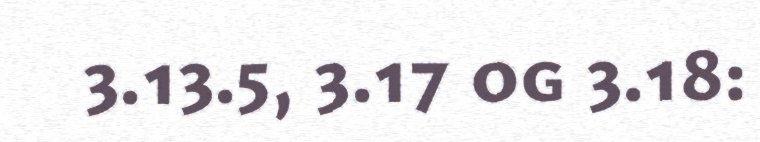
3.13.5, 3.17 og 3.18: